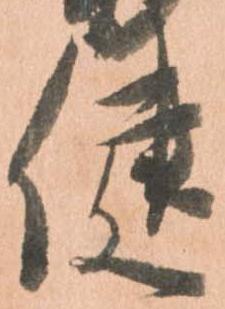
健